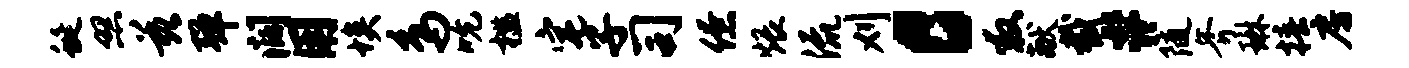
蜒照兹弹阔用埃鸟吮槛宅子司僚煨流刈c救献截#随斧琳椿房